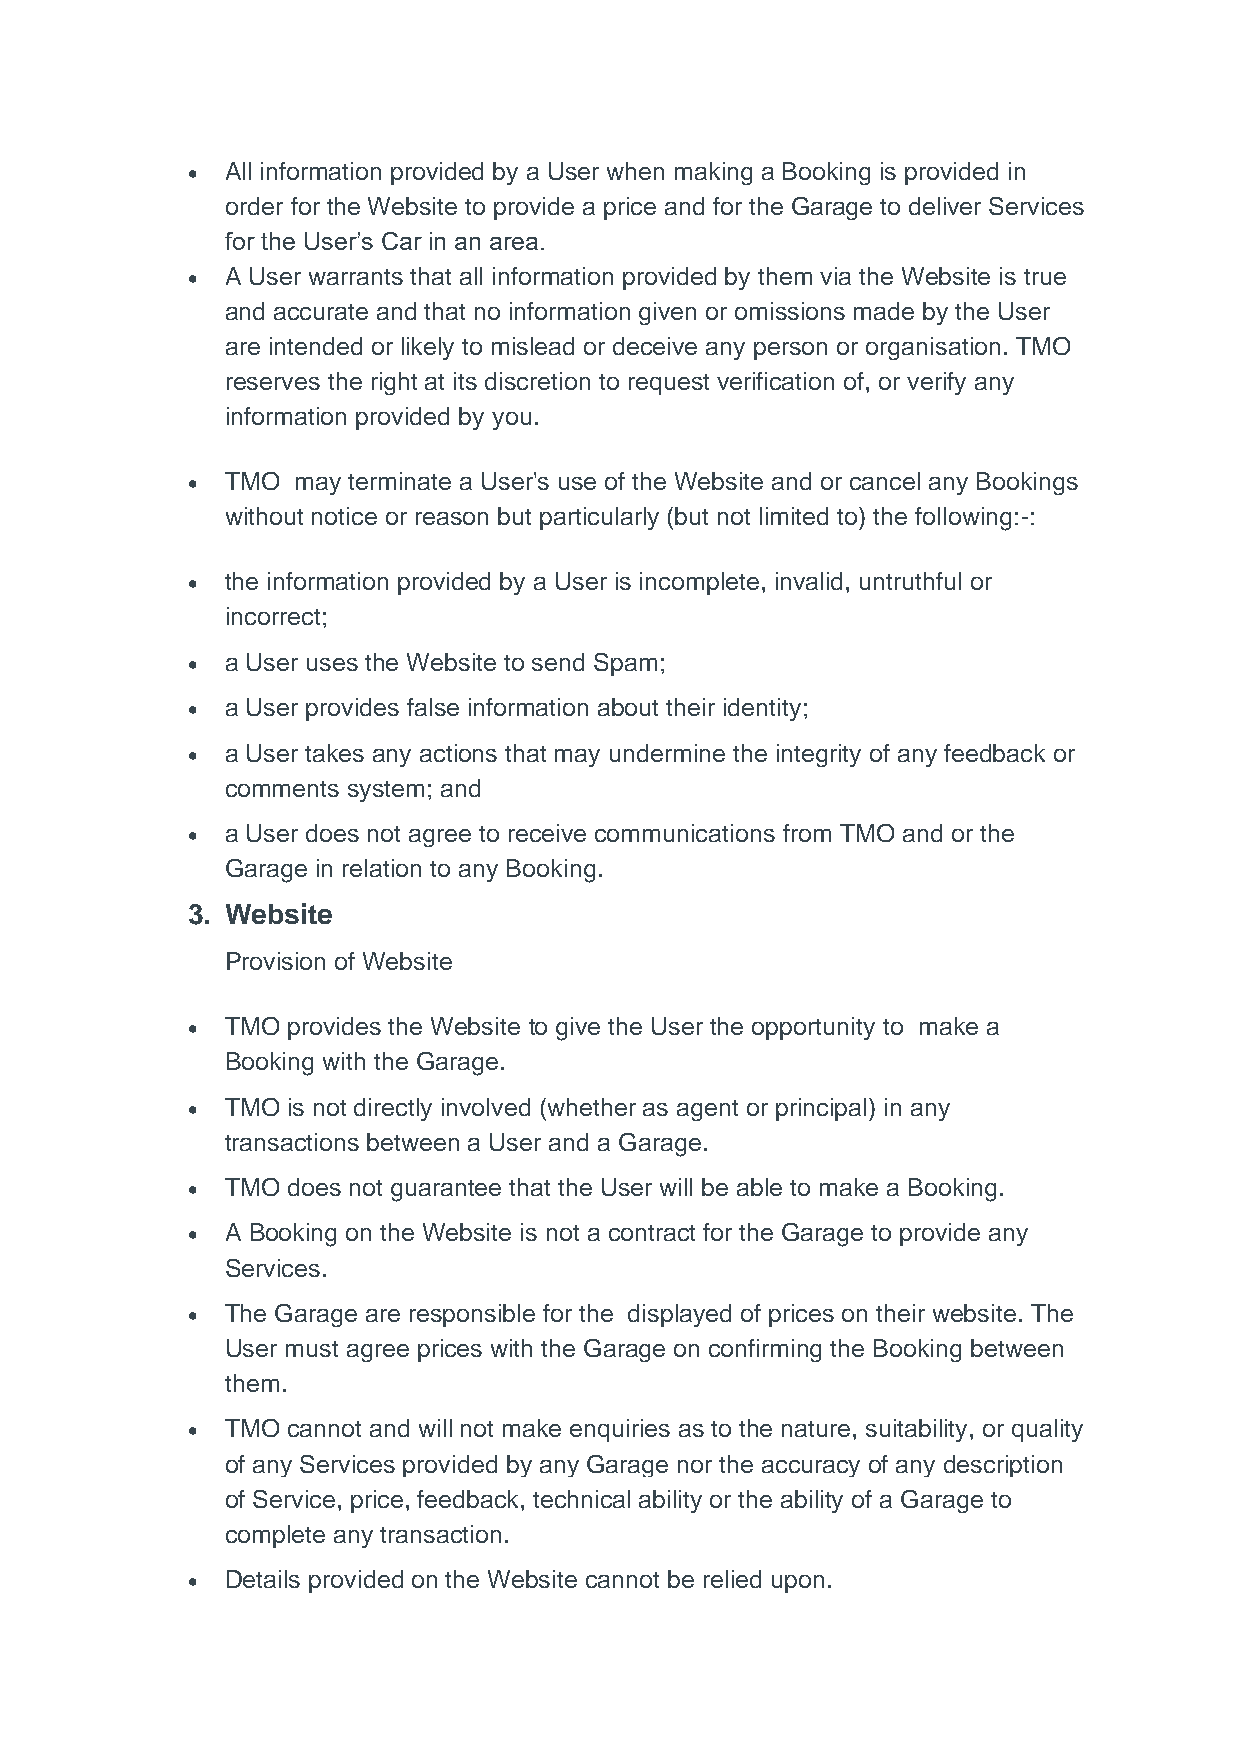
•  All information provided by a User when making a Booking is provided in
 order for the Website to provide a price and for the Garage to deliver Services
 for the User’s Car in an area.
 •  A User warrants that all information provided by them via the Website is true
 and accurate and that no information given or omissions made by the User
 are intended or likely to mislead or deceive any person or organisation. TMO
 reserves the right at its discretion to request verification of, or verify any
 information provided by you.
 •  TMO may terminate a User's use of the Website and or cancel any Bookings
 without notice or reason but particularly (but not limited to) the following:-:
 •  the information provided by a User is incomplete, invalid, untruthful or
 incorrect;
 •  a User uses the Website to send Spam;
 •  a User provides false information about their identity;
 •  a User takes any actions that may undermine the integrity of any feedback or
 comments system; and
 •  a User does not agree to receive communications from TMO and or the
 Garage in relation to any Booking.
 3. Website
 Provision of Website
 •  TMO provides the Website to give the User the opportunity to make a
 Booking with the Garage.
 •  TMO is not directly involved (whether as agent or principal) in any
 transactions between a User and a Garage.
 •  TMO does not guarantee that the User will be able to make a Booking.
 •  A Booking on the Website is not a contract for the Garage to provide any
 Services.
 •  The Garage are responsible for the displayed of prices on their website. The
 User must agree prices with the Garage on confirming the Booking between
 them.
 •  TMO cannot and will not make enquiries as to the nature, suitability, or quality
 of any Services provided by any Garage nor the accuracy of any description
 of Service, price, feedback, technical ability or the ability of a Garage to
 complete any transaction.
 •  Details provided on the Website cannot be relied upon.